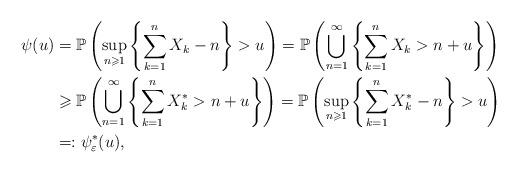
LaTeX: \begin{align*}\psi(u)&=\mathbb{P}\left(\sup_{n\geqslant 1}\left\{\sum_{k=1}^nX_k-n\right\}>u\right)=\mathbb{P}\left(\bigcup_{n=1}^\infty\left\{ \sum_{k=1}^n X_k>n+u\right\}\right)\\&\geqslant\mathbb{P}\left(\bigcup_{n=1}^\infty\left\{ \sum_{k=1}^n X_k^*>n+u\right\}\right)= \mathbb{P}\left(\sup_{n\geqslant 1}\left\{\sum_{k=1}^nX^*_k-n\right\}>u\right)\\&=:\psi_{\varepsilon}^*(u),\end{align*}